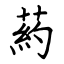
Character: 葯